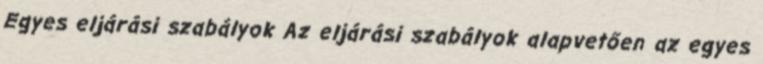
Egyes eljárási szabályok Az eljárási szabályok alapvetően az egyes